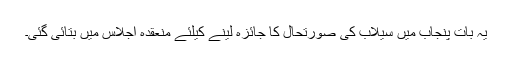
یہ بات پنجاب میں سیلاب کی صورتحال کا جائزہ لینے کیلئے منعقدہ اجلاس میں بتائی گئی۔